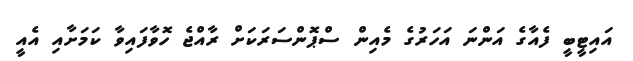
އައިޓީބީ ފެއާގެ އަންނަ އަހަރުގެ މެއިން ސްޕޮންސަރަކަށް ރާއްޖެ ހޮވާފައިވާ ކަމަށާއި އެއީ